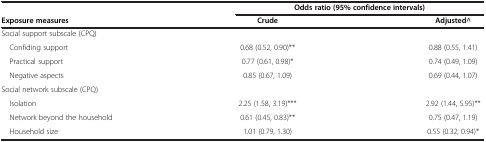
|  | <COLSPAN=2> Odds ratio (95% confidence intervals) |
 | Exposure measures | Crude | Adjusted^ |
 | --- | --- | --- |
 | Social support subscale (CPQ) |  |  |
 | Confiding support | 0.68 (0.52, 0.90)** | 0.88 (0.55, 1.41) |
 | Practical support | 0.77 (0.61, 0.98)* | 0.74 (0.49, 1.09) |
 | Negative aspects | 0.85 (0.67, 1.09) | 0.69 (0.44, 1.07) |
 | Social network subscale (CPQ) |  |  |
 | Isolation | 2.25 (1.58, 3.19)*** | 2.92 (1.44, 5.95)** |
 | Network beyond the household | 0.61 (0.45, 0.83)** | 0.75 (0.47, 1.19) |
 | Household size | 1.01 (0.79, 1.30) | 0.55 (0.32, 0.94)* |